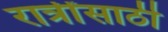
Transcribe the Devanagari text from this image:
रात्रींसाठी